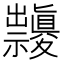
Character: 𥜱